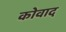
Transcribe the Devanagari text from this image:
कोवाद